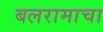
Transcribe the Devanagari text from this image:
बलरामाचा